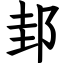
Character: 邽